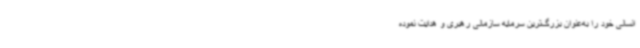
انسانی خود را به‌عنوان بزرگ‌ترین سرمایه سازمانی رهبری و هدایت نموده